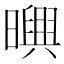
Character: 𣋱